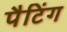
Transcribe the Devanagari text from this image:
पैटिंग